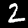
Digit: 2